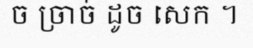
ច ច្រាច់ ដូច សេក ។